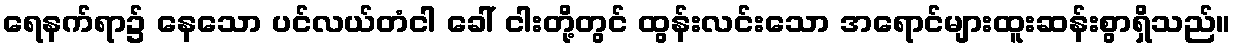
ရေနက်ရာ၌ နေသော ပင်လယ်တံငါ ခေါ် ငါးတို့တွင် ထွန်းလင်းသော အရောင်များထူးဆန်းစွာရှိသည်။